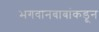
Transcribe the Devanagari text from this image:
भगवानबाबांकडून